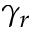
\gamma _ { r }